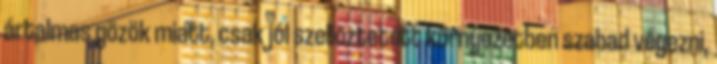
ártalmas gõzök miatt, csak jól szellõztetett környezetben szabad végezni,